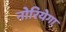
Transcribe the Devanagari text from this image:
नोरियेगा